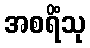
အစရိံသု